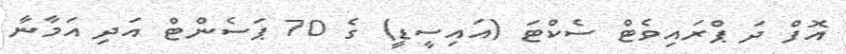
އޮފް ދަ ޕްރައިވެޓް ސެކްޓަ (އައިސީޑީ) ގެ 70 ޕަސެންޓް އަދި އަމާނާ